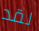
لقد